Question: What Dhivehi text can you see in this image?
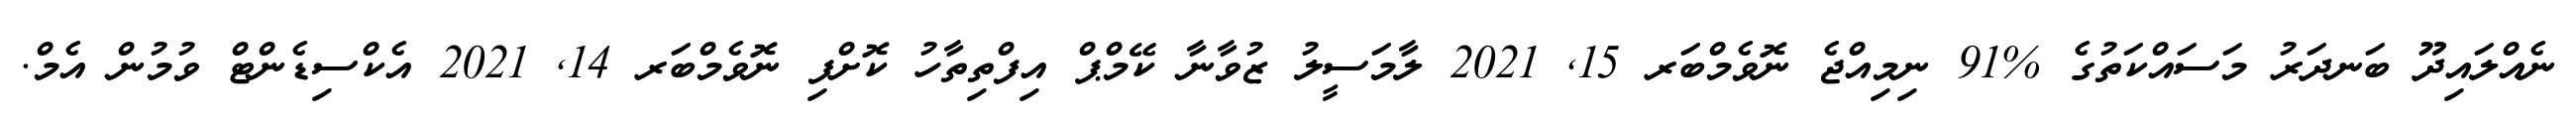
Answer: ނެއްލައިދޫ ބަނދަރު މަސައްކަތުގެ %91 ނިމިއްޖެ ނޮވެމްބަރ 15, 2021 ލާމަސީލު ޒުވާނާ ކޭމްޕް އިފްތިތާހު ކޮށްފި ނޮވެމްބަރ 14, 2021 އެކްސިޑެންޓް ވުމުން އެމް.